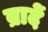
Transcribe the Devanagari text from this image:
ब्रादें